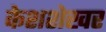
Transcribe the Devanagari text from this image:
केशशेखर